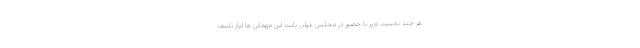
هر چند نخست وزیر با حضور در مجلس عوام، بابت این مهمانی ها ابراز تاسف